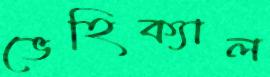
ভেহিক্যাল